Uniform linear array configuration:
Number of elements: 16
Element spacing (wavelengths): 0.75
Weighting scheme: blackman
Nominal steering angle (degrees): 0
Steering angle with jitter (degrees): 0.7307
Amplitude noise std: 0.05
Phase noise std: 0.05

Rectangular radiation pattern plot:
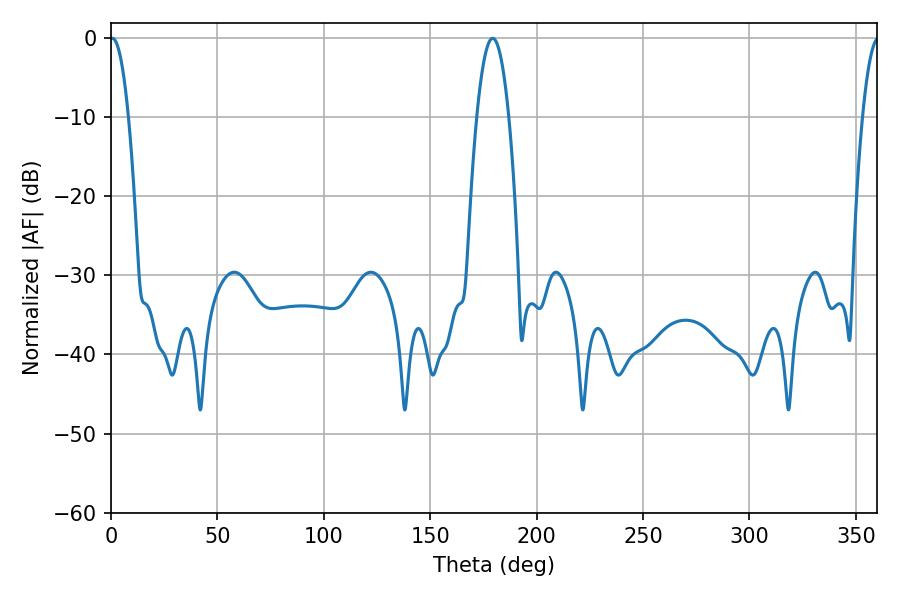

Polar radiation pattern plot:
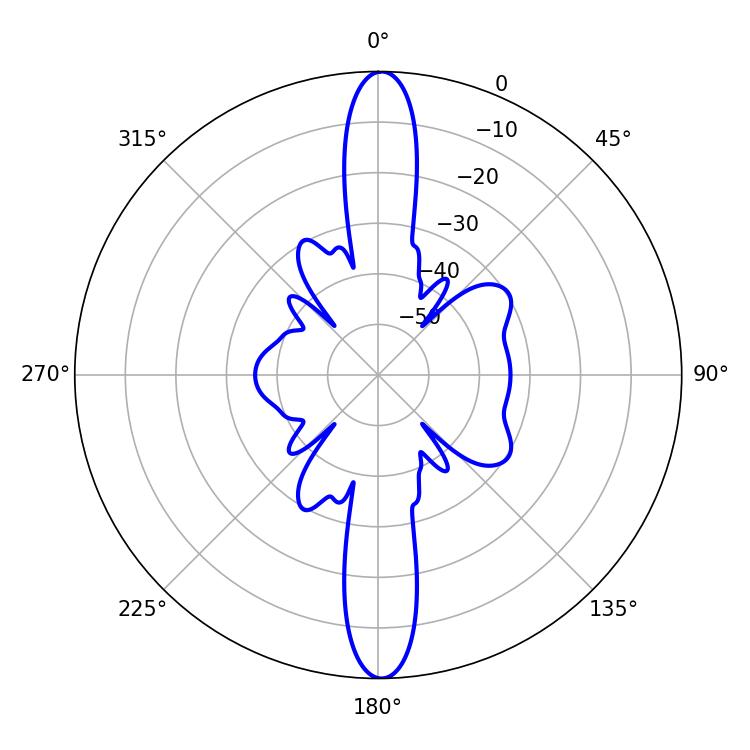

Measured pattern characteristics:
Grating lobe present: TRUE
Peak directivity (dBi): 27.058
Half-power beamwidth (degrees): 8.28
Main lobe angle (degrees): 179.28